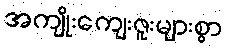
အကျိုးကျေးဇူးများစွာ